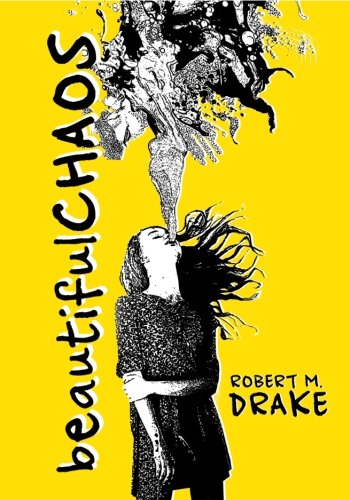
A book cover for Beautiful Chaos; Robert M. Drake; Literature & Fiction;